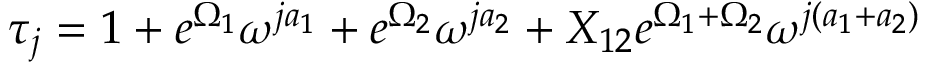
\tau _ { j } = 1 + e ^ { \Omega _ { 1 } } \omega ^ { j a _ { 1 } } + e ^ { \Omega _ { 2 } } \omega ^ { j a _ { 2 } } + X _ { 1 2 } e ^ { \Omega _ { 1 } + \Omega _ { 2 } } \omega ^ { j ( a _ { 1 } + a _ { 2 } ) }